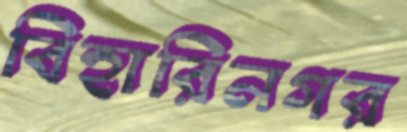
বিহারিনগর